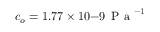
c _ { o } = 1 . 7 7 \times 1 0 { - 9 } \, \mathrm { ~ P ~ a ~ } ^ { - 1 }